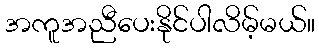
အကူအညီပေးနိုင်ပါလိမ့်မယ်။